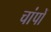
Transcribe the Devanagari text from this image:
चांपों